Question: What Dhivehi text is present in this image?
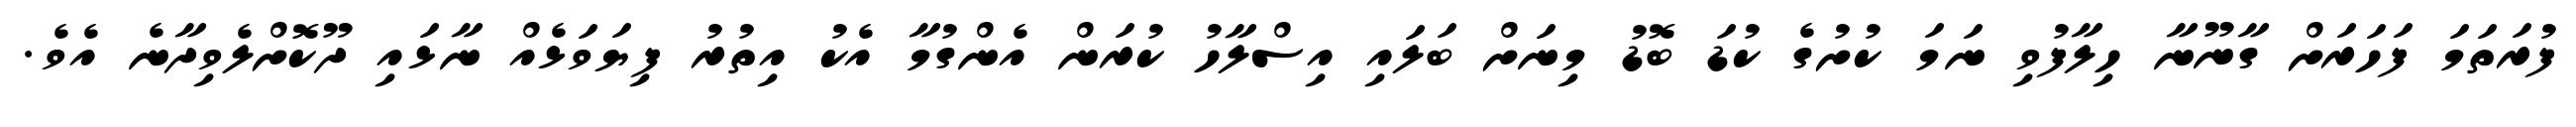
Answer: ފުރަތަމަ ފަހަރަށް ގާނޫނާ ހިލާފުވި ނަމަ ކުށުގެ ކުޑަ ބޮޑު މިނަށް ބަލައި އިސްލާހު ކުރަން އެންގުމާ އެކު އިތުރު ފިޔަވަޅެއް ނާޅައި ދޫކޮށްލެވިދާނެ އެވެ.